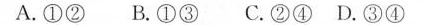
A.①② B.①③ C.②④ D.③④